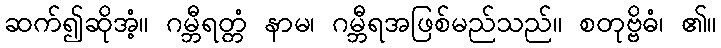
ဆက်၍ဆိုအံ့။ ဂမ္ဘီရတ္တံ နာမ၊ ဂမ္ဘီရအဖြစ်မည်သည်။ စတုဗ္ဗိဓံ၊ ၏။